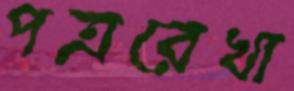
পত্ররেখা